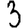
Digit: 3